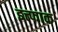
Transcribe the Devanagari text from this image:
इत्त्फाक